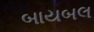
બાયબલ